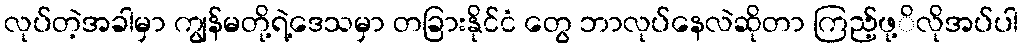
လုပ်တဲ့အခါမှာ ကျွန်မတို့ရဲ့ဒေသမှာ တခြားနိုင်ငံ တွေ ဘာလုပ်နေလဲဆိုတာ ကြည့်ဖု့ိလိုအပ်ပါ